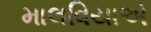
માલવિયાએ